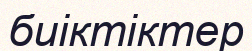
биіктіктер